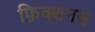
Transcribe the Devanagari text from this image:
फ़िक्शनस